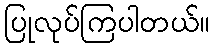
ပြုလုပ်ကြပါတယ်။